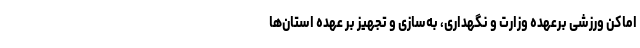
اماکن ورزشی برعهده وزارت و نگهداری، به‌سازی و تجهیز بر عهده استان‌ها